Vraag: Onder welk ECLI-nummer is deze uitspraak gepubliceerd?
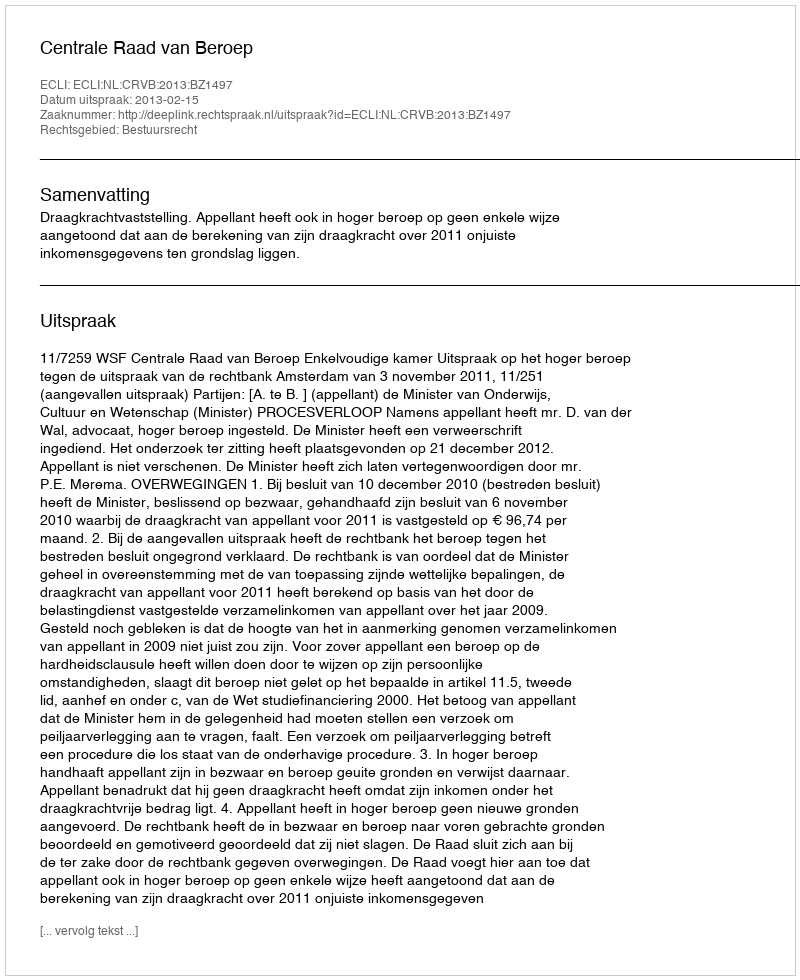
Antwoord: ECLI:NL:CRVB:2013:BZ1497